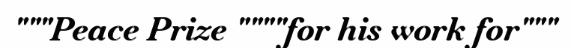
"""Peace Prize """"for his work for"""